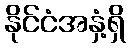
နိုင်ငံအနှံ့ရှိ